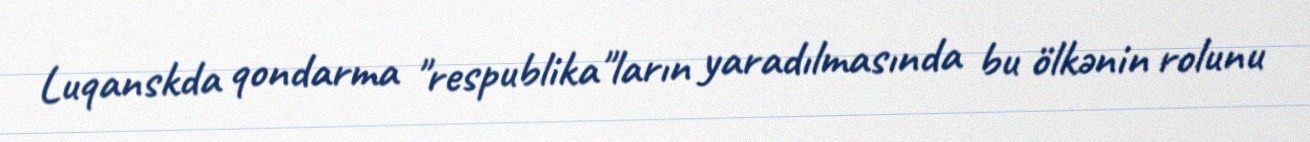
Luqanskda qondarma "respublika"ların yaradılmasında bu ölkənin rolunu